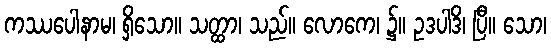
ကဿပေါနာမ၊ ရှိသော။ သတ္ထာ၊ သည်။ လောကေ၊ ၌။ ဥဒပါဒိ၊ ပြီ။ သော၊